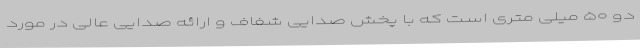
دو ۵۰ میلی متری است که با پخش صدایی شفاف و ارائه صدایی عالی در مورد